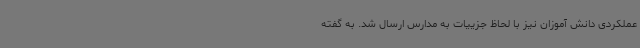
عملکردی دانش آموزان نیز با لحاظ جزییات به مدارس ارسال شد. به گفته